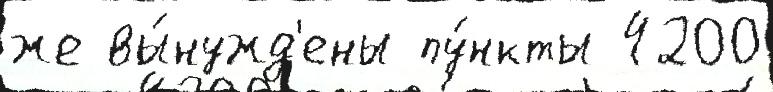
же вы́нужд'ены пу́нкты 4200